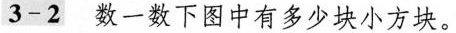
3-2 数一数下图中有多少块小方块。